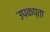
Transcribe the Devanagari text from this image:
उपकप्ता